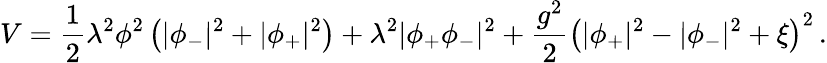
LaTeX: V=\frac 12\lambda^{2}\phi^{2}\left(|\phi_{-}|^{2}+|\phi_{+}|^{2}\right)+\lambda^{2}|\phi_{+}\phi_{-}|^{2}+{\frac{g^{2}}{2}}\left(|\phi_{+}|^{2}-|\phi_{-}|^{2}+\xi\right)^{2}\, .